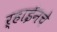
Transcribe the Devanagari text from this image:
ऱ्हाईनचे